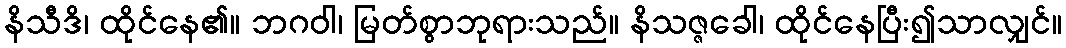
နိသီဒိ၊ ထိုင်နေ၏။ ဘဂဝါ၊ မြတ်စွာဘုရားသည်။ နိသဇ္ဇခေါ၊ ထိုင်နေပြီး၍သာလျှင်။